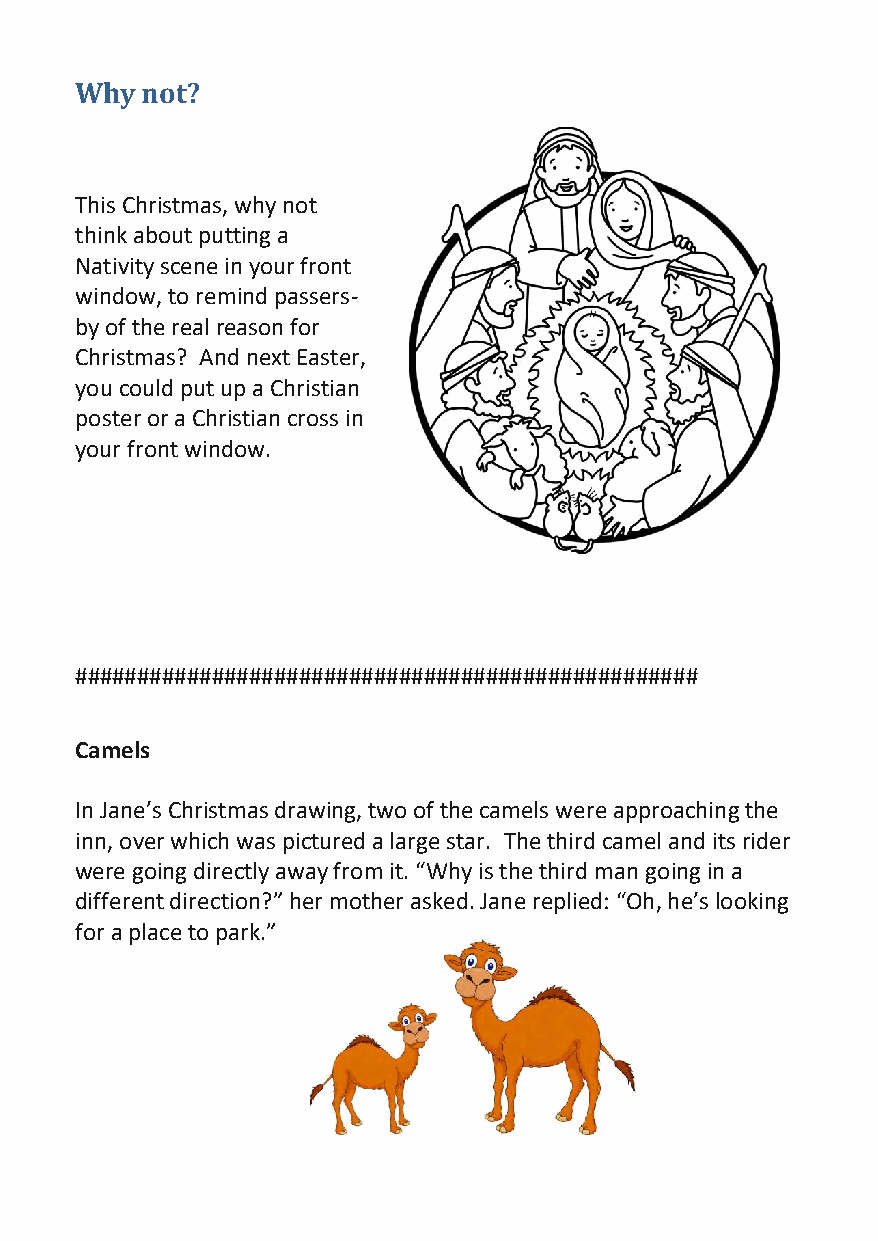
Why not?
 This Christmas, why not
 think about putting a
 Nativity scene in your front
 window, to remind passers-
 by of the real reason for
 Christmas? And next Easter,
 you could put up a Christian
 poster or a Christian cross in
 your front window.
 ##################################################
 Camels
 In Jane’s Christmas drawing, two of the camels were approaching the
 inn, over which was pictured a large star. The third camel and its rider
 were going directly away from it. “Why is the third man going in a
 different direction?” her mother asked. Jane replied: “Oh, he’s looking
 for a place to park.”